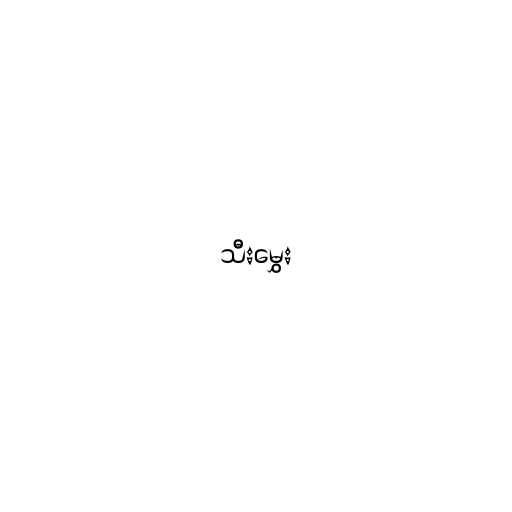
သီးမွှေး